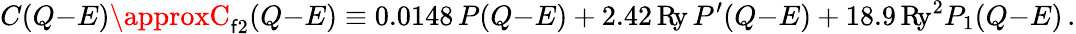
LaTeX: C(Q{-}E)\approxC_{\mathsf{f}2}(Q{-}E)\equiv0.0148\, P(Q{-}E)+2.42\, \mathrm{{R\! y}}\, P^{\prime}(Q{-}E)+18.9\, \mathrm{{R\! y}}^{2}P_{1}(Q{-}E)\, .